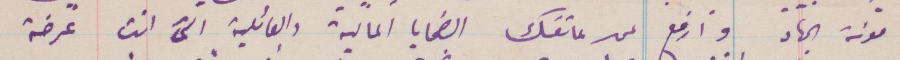
مؤنة الجهاد وارفع عن عاتقك الضحايا المالية والعائلية التي انت عرضة